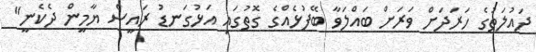
ދައުލަތުގެ ހަރަދަށް ވަރަށް ބައްލަވާ ބޭފުޅެއްގެ ގޮތުގައި އަޅުގަނޑު ރައީސް ޔާމީން ދެކެނީ"